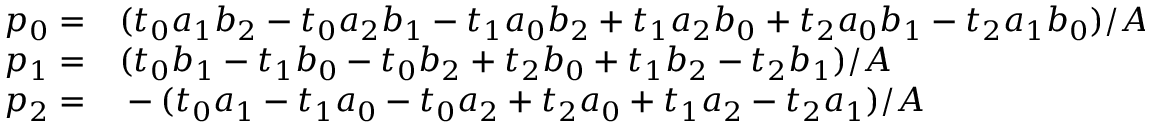
\begin{array} { r l } { p _ { 0 } = } & { { } ( t _ { 0 } a _ { 1 } b _ { 2 } - t _ { 0 } a _ { 2 } b _ { 1 } - t _ { 1 } a _ { 0 } b _ { 2 } + t _ { 1 } a _ { 2 } b _ { 0 } + t _ { 2 } a _ { 0 } b _ { 1 } - t _ { 2 } a _ { 1 } b _ { 0 } ) / A } \\ { p _ { 1 } = } & { { } ( t _ { 0 } b _ { 1 } - t _ { 1 } b _ { 0 } - t _ { 0 } b _ { 2 } + t _ { 2 } b _ { 0 } + t _ { 1 } b _ { 2 } - t _ { 2 } b _ { 1 } ) / A } \\ { p _ { 2 } = } & { { } - ( t _ { 0 } a _ { 1 } - t _ { 1 } a _ { 0 } - t _ { 0 } a _ { 2 } + t _ { 2 } a _ { 0 } + t _ { 1 } a _ { 2 } - t _ { 2 } a _ { 1 } ) / A } \end{array}